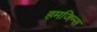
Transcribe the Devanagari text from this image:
हमजिन्स